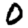
Digit: 0